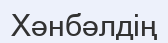
Хәнбәлдің